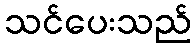
သင်ပေးသည်